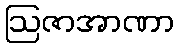
ဩဇာအာဏာ